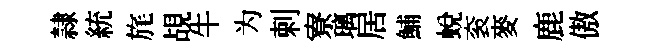
隷統旄覘牛为剌寮璃居鯆蛻衮麥鹿傲